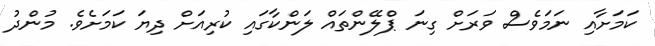
ކަމަށާއި ނަމަވެސް ވަރަށް ގިނަ ޕްލޭންތައް ލަންކާގައި ކުރިއަށް ދިޔަ ކަމަށެވެ. މުންދު